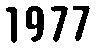
1977